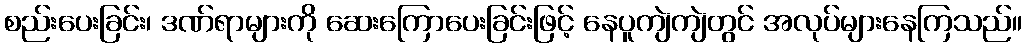
စည်းပေးခြင်း၊ ဒဏ်ရာများကို ဆေးကြောပေးခြင်းဖြင့် နေပူကျဲကျဲတွင် အလုပ်များနေကြသည်။